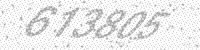
Solution: 613805